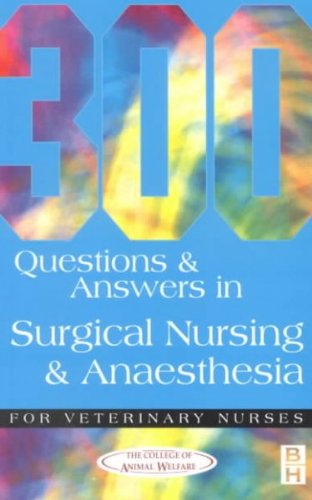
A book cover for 300 Questions and Answers in Surgical Nursing and Anaesthesia for Veterinary Nurses; College of Animal Welfare Ltd College; Medical Books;